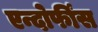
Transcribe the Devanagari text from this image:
एन्दोर्फींस